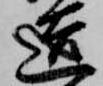
造